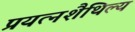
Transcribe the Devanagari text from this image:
प्रयत्नशैथिल्य